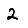
Digit: 2